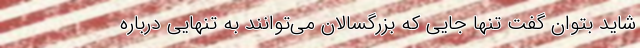
شايد بتوان گفت تنها جايي كه بزرگسالان مي‌توانند به‌ تنهايي درباره